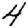
Digit: 4